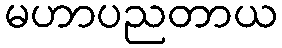
မဟာပညတာယ